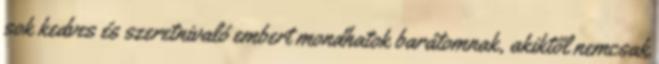
sok kedves és szeretnivaló embert mondhatok barátomnak, akiktől nemcsak